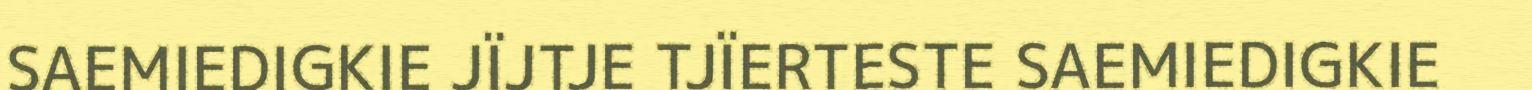
SAEMIEDIGKIE JÏJTJE TJÏERTESTE SAEMIEDIGKIE